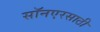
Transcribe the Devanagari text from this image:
सॉनएरसाठी